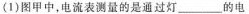
(1)图甲中，电流表测量的是通过灯___的电